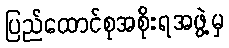
ပြည်ထောင်စုအစိုးရအဖွဲ့မှ